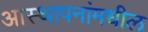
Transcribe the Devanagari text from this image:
आस्थापनांमधील